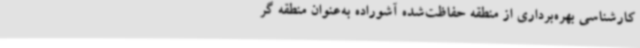
کارشناسی بهره‌برداری از منطقه حفاظت‌شده آشوراده به‌عنوان منطقه گر